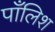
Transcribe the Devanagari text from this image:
पाँलिश